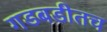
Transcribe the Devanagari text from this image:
गडबडीतच